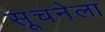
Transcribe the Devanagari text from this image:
सूचनेला